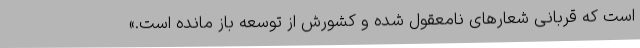
است که قربانی شعارهای نامعقول شده و کشورش از توسعه باز مانده است.»